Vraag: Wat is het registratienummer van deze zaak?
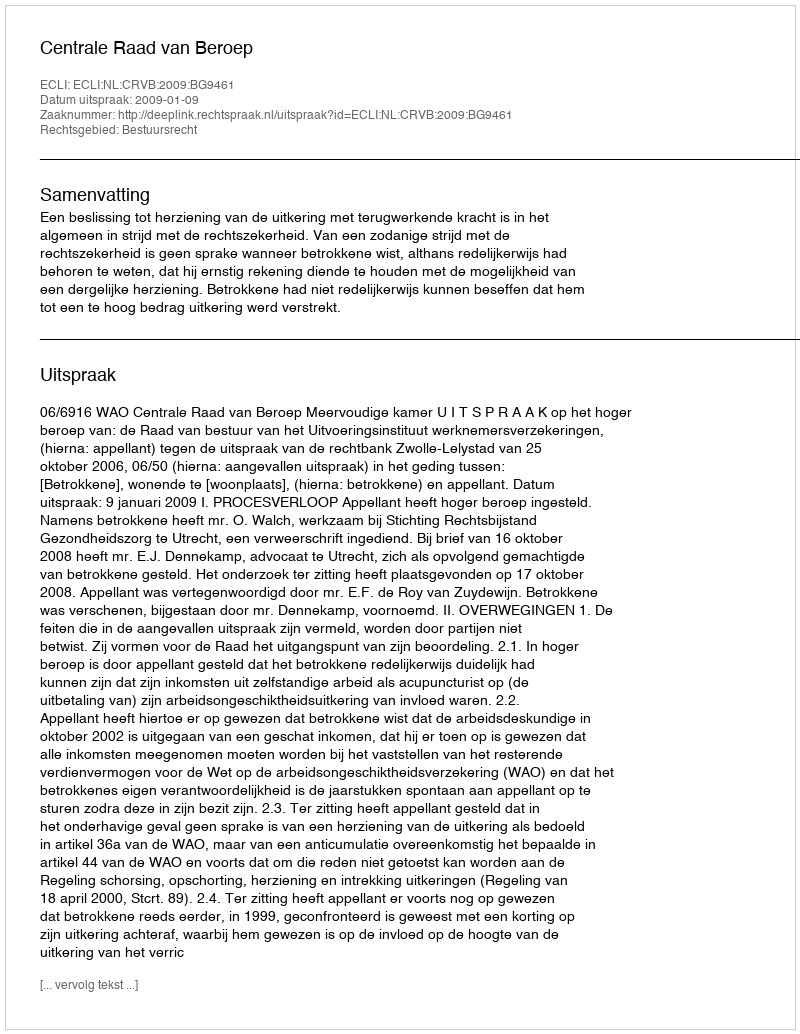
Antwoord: http://deeplink.rechtspraak.nl/uitspraak?id=ECLI:NL:CRVB:2009:BG9461